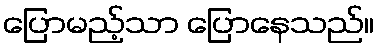
ပြောမည့်သာ ပြောနေသည်။